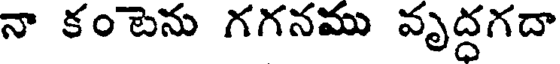
నా కంటెను గగనము వృద్దగదా